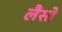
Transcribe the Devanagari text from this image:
लैसों